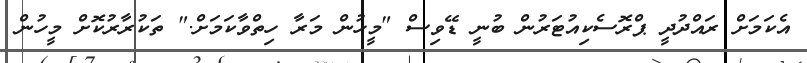
އެކަމަށް ރައްދުދީ ޕްރޮސެކިއުޓަރުން ބުނީ ޑޭވިސް "މީހުން މަރާ ހިތްވާކަމަށް." ތަކުރާރުކޮށް މީހުން